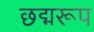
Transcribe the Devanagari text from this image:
छद्मरूप